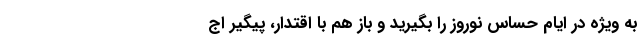
به ویژه در ایام حساس نوروز را بگیرید و باز هم با اقتدار، پیگیر اج